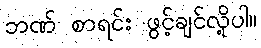
ဘဏ် စာရင်း ဖွင့်ချင်လို့ပါ။